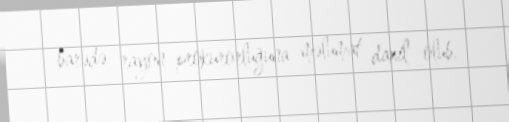
barədə rayon prokurorluğuna məlumat daxil olub.